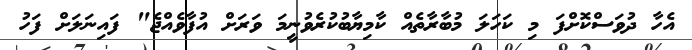
އެހާ ދުވަސްކޮށްފަ މި ކަހަލަ މުބާރާތެއް ކާމިޔާބުކުރެވުނީމަ ވަރަށް އުފާވެއްޖެ" ފައިނަލަށް ފަހު